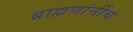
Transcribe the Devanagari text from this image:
ब्राह्मणांनींच